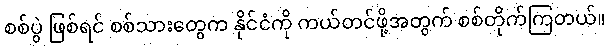
စစ်ပွဲ ဖြစ်ရင် စစ်သားတွေက နိုင်ငံကို ကယ်တင်ဖို့အတွက် စစ်တိုက်ကြတယ်။